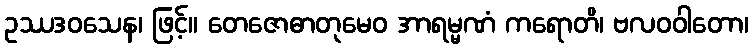
ဥဿဒဝသေန၊ ဖြင့်။ တေဇောဓာတုမေဝ အာရမ္မဏံ ကရောတိ၊ ဗလဝဝါတော၊